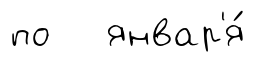
по январ'я́